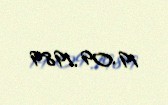
19.09.1989